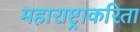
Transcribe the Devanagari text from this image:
महाराष्ट्राकरिता